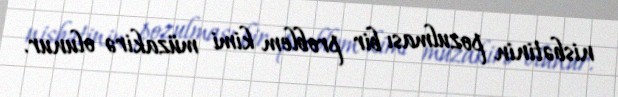
nisbətinin pozulması bir problem kimi müzakirə olunur.